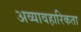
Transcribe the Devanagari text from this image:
अव्यावहारिकता